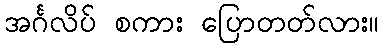
အင်္ဂလိပ် စကား ပြောတတ်လား။